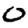
Digit: 0